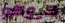
كيوكو